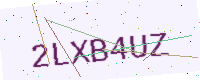
Text: 2LXB4UZ